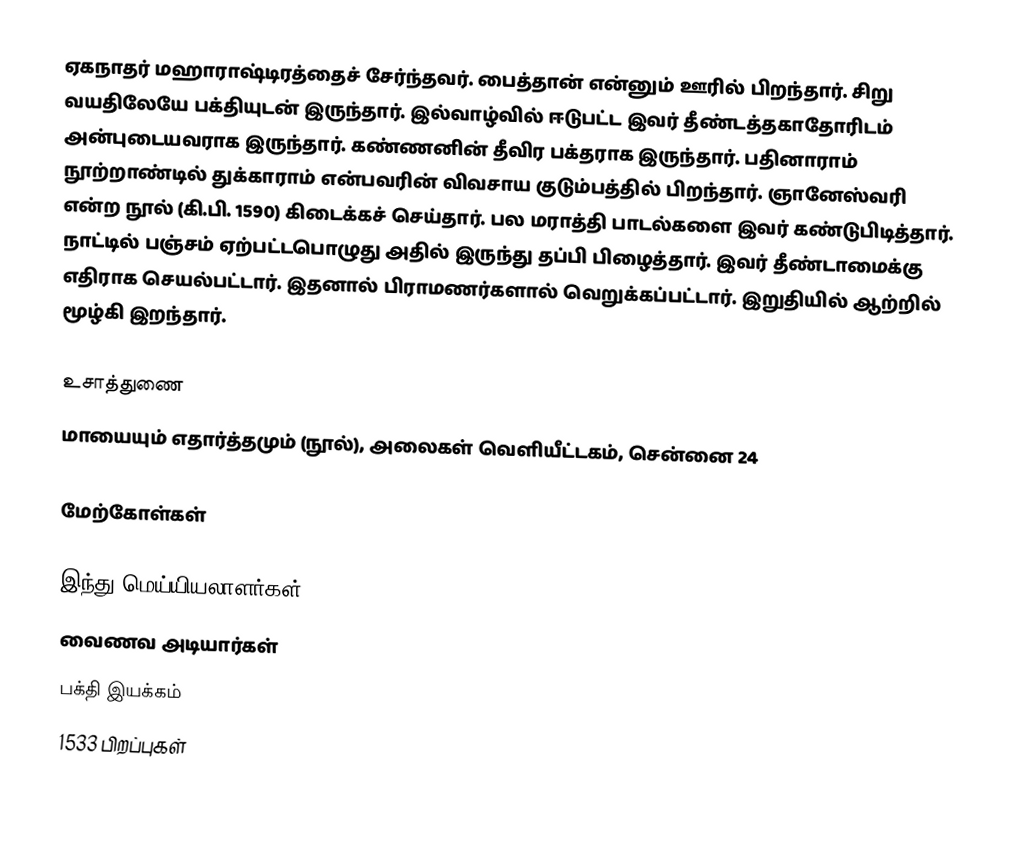
ஏகநாதர் மஹாராஷ்டிரத்தைச் சேர்ந்தவர். பைத்தான் என்னும் ஊரில் பிறந்தார். சிறு வயதிலேயே பக்தியுடன் இருந்தார். இல்வாழ்வில் ஈடுபட்ட இவர் தீண்டத்தகாதோரிடம் அன்புடையவராக இருந்தார். கண்ணனின் தீவிர பக்தராக இருந்தார். பதினாராம் நூற்றாண்டில் துக்காராம் என்பவரின் விவசாய குடும்பத்தில் பிறந்தார். ஞானேஸ்வரி என்ற நூல் (கி.பி. 1590) கிடைக்கச் செய்தார். பல மராத்தி பாடல்களை இவர் கண்டுபிடித்தார். நாட்டில் பஞ்சம் ஏற்பட்டபொழுது அதில் இருந்து தப்பி பிழைத்தார்.  இவர் தீண்டாமைக்கு எதிராக செயல்பட்டார். இதனால் பிராமணர்களால் வெறுக்கப்பட்டார். இறுதியில் ஆற்றில் மூழ்கி இறந்தார்.

உசாத்துணை
மாயையும் எதார்த்தமும் (நூல்), அலைகள் வெளியீட்டகம், சென்னை 24

மேற்கோள்கள்

இந்து மெய்யியலாளர்கள்
வைணவ அடியார்கள்
பக்தி இயக்கம்
1533 பிறப்புகள்